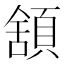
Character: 𩓱